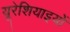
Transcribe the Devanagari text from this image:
यूरेशियाइयों